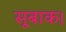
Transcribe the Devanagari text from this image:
सूबाक।